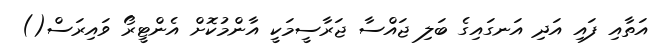
އަތާއި ފައި އަދި އަނގައިގެ ބަލި ޖައްސާ ޖަރާސީމަކީ އާންމުކޮށް އެންޓީރޯ ވައިރަސް()